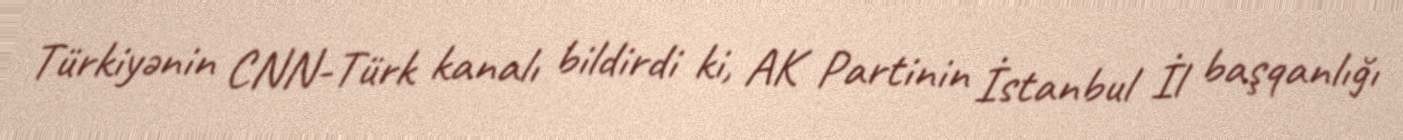
Türkiyənin CNN-Türk kanalı bildirdi ki, AK Partinin İstanbul İl başqanlığı